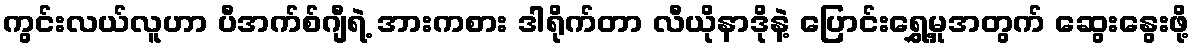
ကွင်းလယ်လူဟာ ပီအက်စ်ဂျီရဲ့ အားကစား ဒါရိုက်တာ လီယိုနာဒိုနဲ့ ပြောင်းရွှေ့မှုအတွက် ဆွေးနွေးဖို့